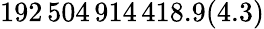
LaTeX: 192\, 504\, 914\, 418.9(4.3)